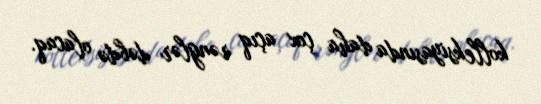
kolleksiyasında daha çox açıq rənglər dəbdə olacaq.